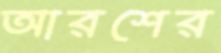
আরশের